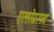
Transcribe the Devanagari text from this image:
एलोग्राफ्ट